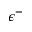
\epsilon ^ { - }